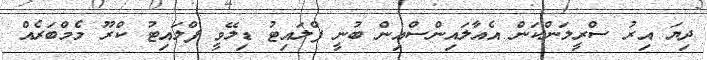
ދިޔަ އިރު ސްރީލަންކަން އެއާލައިންސްއިން ބުނީ ފްލައިޓު ޑިލޭވީ ފްލައިޓު ކްރޫ މެމްބަރެއް